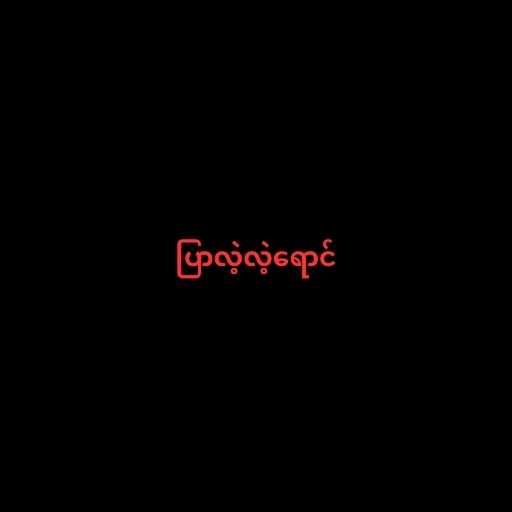
ပြာလဲ့လဲ့ရောင်